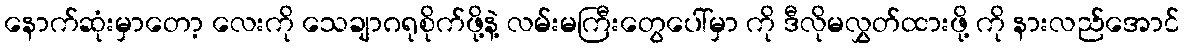
နောက်ဆုံးမှာတော့ လေးကို သေချာဂရုစိုက်ဖို့နဲ့ လမ်းမကြီးတွေပေါ်မှာ ကို ဒီလိုမလွှတ်ထားဖို့ ကို နားလည်အောင်